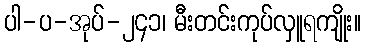
ပါ-ပ-အုပ်-၂၄၁၊ မီးတင်းကုပ်လှူရကျိုး။